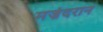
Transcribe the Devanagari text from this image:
मज़ंदरान